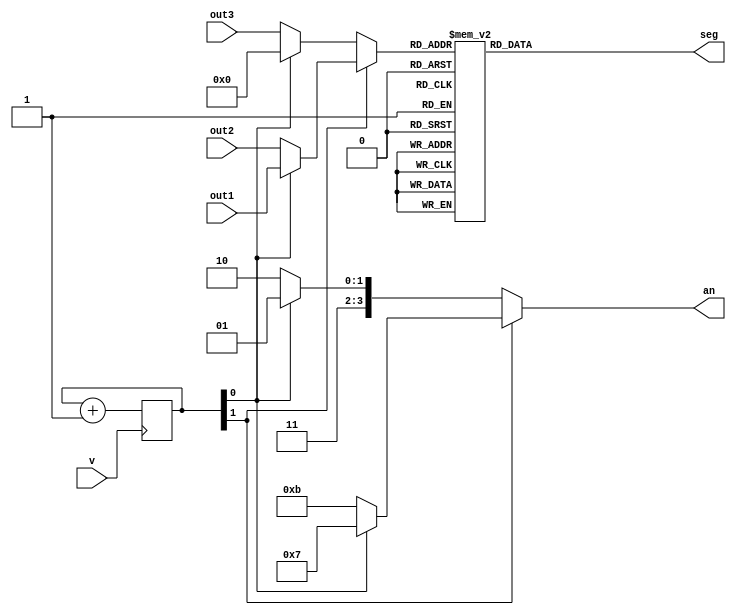
`timescale 1ns / 1ps

module sieteseg(v,out1,out2,out3,an,seg);
    input v;
    input [3:0] out1,out2,out3;
    output [3:0] an;
    output reg [6:0] seg;
	 
	 reg [1:0]cont;
	 wire [3:0]in;

initial cont=0;
always @(posedge v) cont=cont+1;

assign in=cont[1]?(cont[0]? out1:out2):(cont[0]? 4'b0000:out3);
assign an=cont[1]?(cont[0]? 4'b0111:4'b1011):(cont[0]? 4'b1101:4'b1110);

always @(in)
	case(in)
		4'd0: seg=7'b0000001;
		4'd1: seg=7'b1001111;
		4'd2: seg=7'b0010010;
		4'd3: seg=7'b0000110;
		4'd4: seg=7'b1001100;
		4'd5: seg=7'b0100100;
		4'd6: seg=7'b0100000;
		4'd7: seg=7'b0001111;
		4'd8: seg=7'b0000000;
		4'd9: seg=7'b0000100;
		4'd10: seg=7'b0001000;
		4'd11: seg=7'b1100000;
		4'd12: seg=7'b0110001;
		4'd13: seg=7'b1000010;
		4'd14: seg=7'b0110000;
		4'd15: seg=7'b0111000;
		default: seg=7'b1111111;
	endcase
endmodule